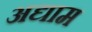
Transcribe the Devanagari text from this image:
अद्याम